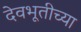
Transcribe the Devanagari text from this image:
देवभूतीच्या